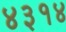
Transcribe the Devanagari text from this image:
४३१४